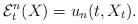
LaTeX: \begin{align*} \mathcal E^n_t(X) = u_n(t,X_t). \end{align*}